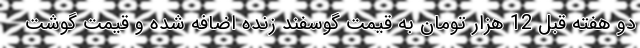
دو هفته قبل 12 هزار تومان به قیمت گوسفند زنده اضافه شده و قیمت گوشت